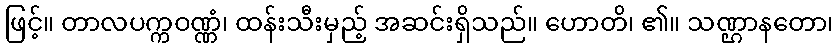
ဖြင့်။ တာလပက္ကဝဏ္ဏံ၊ ထန်းသီးမှည့် အဆင်းရှိသည်။ ဟောတိ၊ ၏။ သဏ္ဌာနတော၊